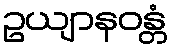
ဥယျာနဝန္တံ